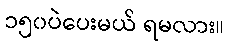
၁၅၀ပဲပေးမယ် ရမလား။